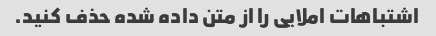
اشتباهات املایی را از متن داده شده حذف کنید.